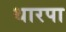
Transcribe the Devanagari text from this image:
थारपा